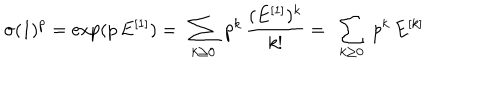
LaTeX: \sigma ( 1 ) ^ { p } = \exp ( p \, E ^ { [ 1 ] } ) = \ \sum _ { k \ge 0 } \ p ^ { k } \, { \frac { ( E ^ { [ 1 ] } ) ^ { k } } { k ! } } = \ \sum _ { k \ge 0 } \ p ^ { k } \, E ^ { [ k ] }